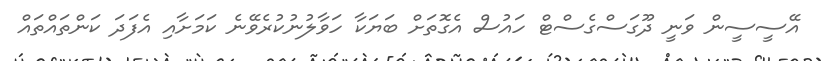
އޭސީސީން ވަނީ ދޫގަސްގެސްޓް ހައުސް އެގޮތަށް ބަޔަކާ ހަވާލުނުކުރެވޭނެ ކަމަށާއި އެފަދަ ކަންތައްތައް